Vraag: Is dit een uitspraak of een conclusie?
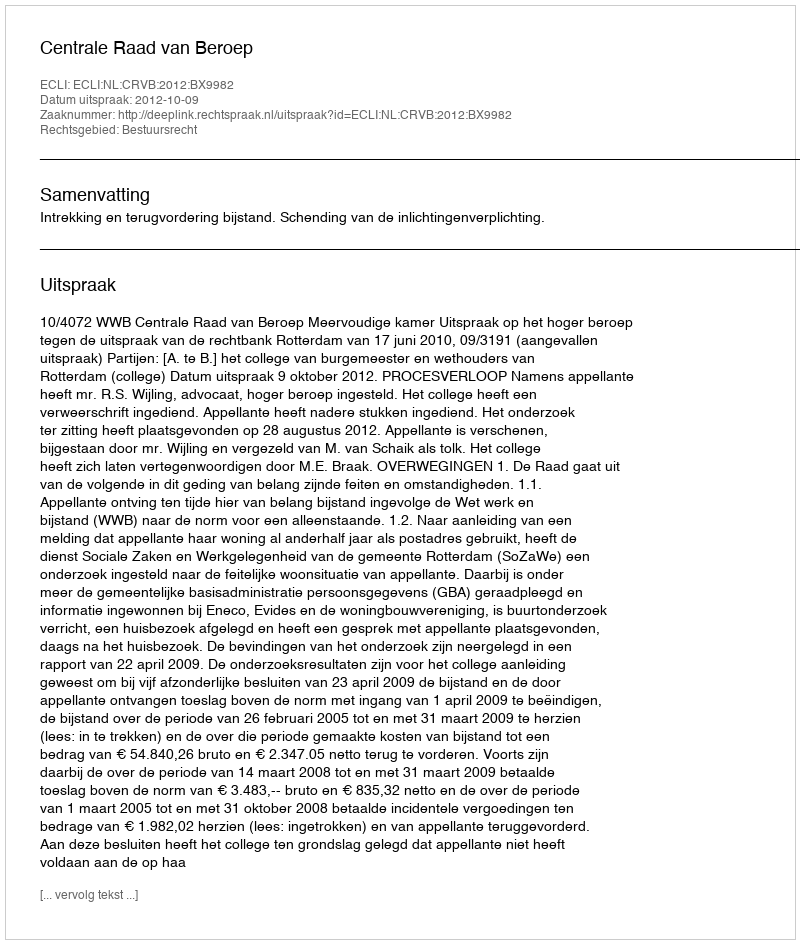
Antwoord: Uitspraak